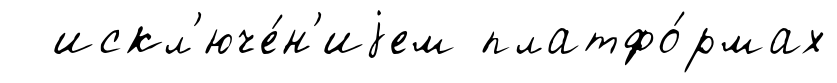
искл'юче́н'иjем платфо́рмах